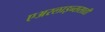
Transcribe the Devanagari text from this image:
एअरलाइन्ससाठी